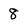
Character: 8